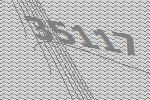
35117